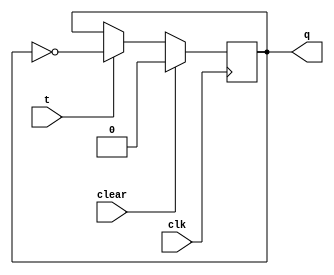
module TFF(t,q,clk,clear);
input clk,t,clear;
output reg q;
always @(posedge clk) begin
    if(clear) q<=1'b0;
    else if (t)q<=~q;
    else q<=q;
end
endmodule